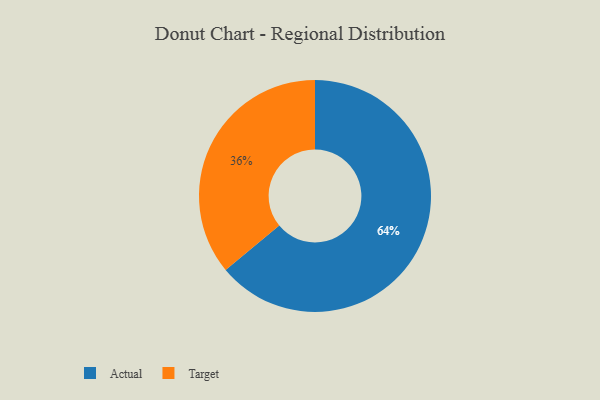
{"axis": {"x": "Category", "y": "Percentage"}, "legend": ["Actual", "Target"], "data": [{"x": "Target", "y": 36, "type": "Target"}, {"x": "Actual", "y": 64, "type": "Actual"}]}